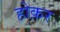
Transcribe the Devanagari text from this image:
होक़र